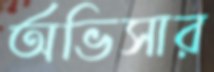
অভিসার